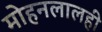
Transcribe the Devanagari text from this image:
मोहनलालही